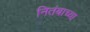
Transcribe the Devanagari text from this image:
नितंबाच्या